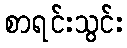
စာရင်းသွင်း